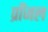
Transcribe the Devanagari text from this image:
प्राँजल